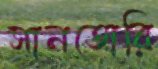
সানতোরি